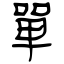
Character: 單